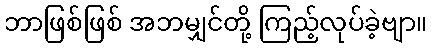
ဘာဖြစ်ဖြစ် အဘမျှင်တို့ ကြည့်လုပ်ခဲ့ဗျာ။